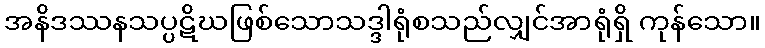
အနိဒဿနသပ္ပဋိဃဖြစ်သောသဒ္ဒါရုံစသည်လျှင်အာရုံရှိ ကုန်သော။